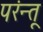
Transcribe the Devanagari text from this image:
परंन्तू